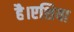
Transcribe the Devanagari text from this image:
है।एशिया